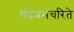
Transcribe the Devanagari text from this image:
चंद्रप्रभचरिते